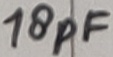
Text: 18pF